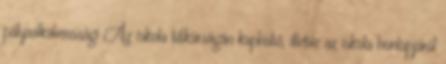
pályaalkalmassági Az iskola titkárságán kapható, illetve az iskola honlapjáról